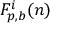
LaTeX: F _ { p , b } ^ { i } ( n )